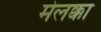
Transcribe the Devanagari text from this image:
मेलक्का